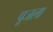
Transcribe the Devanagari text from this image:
पूजला